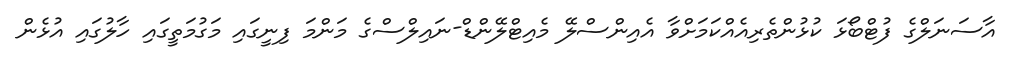
އާސަނަލްގެ ފުޓްބޯޅަ ކުޅުންތެރިއެއްކަމަށްވާ އެއިންސްލޭ މެއިޓްލޭންޑް-ނައިލްސްގެ މަންމަ ފިނީގައި މަގުމަތީގައި ހާލުގައި އުޅެން